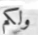
ولكم